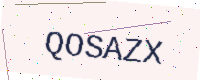
Text: QOSAZX